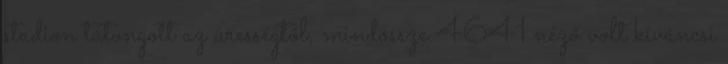
stadion tátongott az ürességtől, mindössze 4641 néző volt kíváncsi